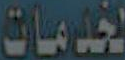
لخدمات